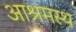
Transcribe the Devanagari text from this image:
आश्रमस्थ